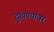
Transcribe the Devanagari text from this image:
दुखण्यांवर